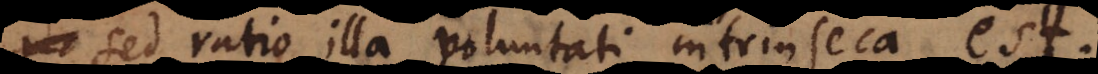
a sed ratio illa voluntati intrinseca est.